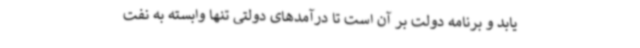
یابد و برنامه دولت بر آن است تا درآمدهای دولتی تنها وابسته به نفت